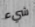
شيء